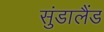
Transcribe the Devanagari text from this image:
सुंडालैंड